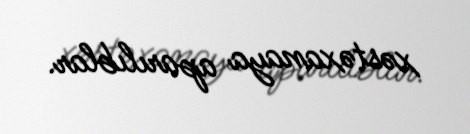
xəstəxanaya aparılıblar.